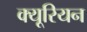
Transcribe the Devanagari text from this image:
क्यूरियन